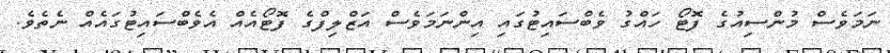
ނަމަވެސް މުންސިއުގެ ފޮޓޯ ހައްގު ވެބްސައިޓުގައި އިންނަމަވެސް އަޒްލިފްގެ ފޮޓޯއެއް އެވެބްސައިޓުގައެއް ނެތެވެ.